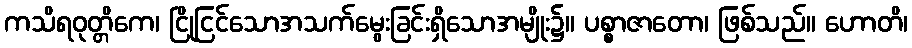
ကသိရဝုတ္တိကေ၊ ငြိုငြင်သောအသက်မွေးခြင်းရှိသောအမျိုး၌။ ပစ္စာဇာတော၊ ဖြစ်သည်။ ဟောတိ၊